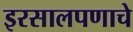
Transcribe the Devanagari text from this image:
इरसालपणाचे